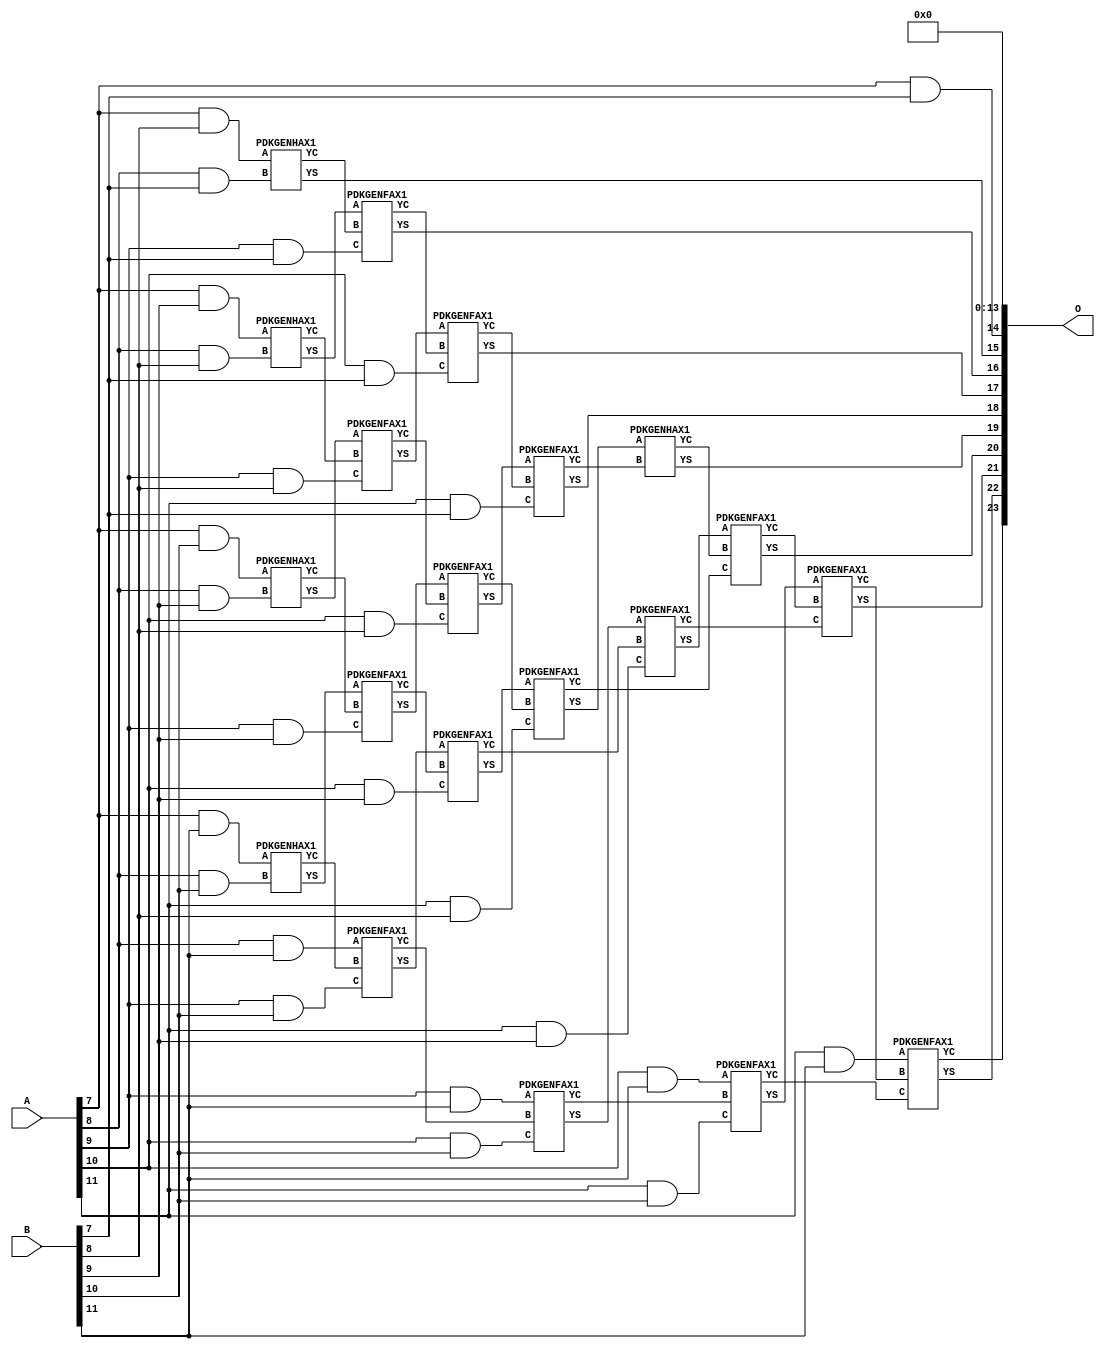
/***
* This code is a part of EvoApproxLib library (ehw.fit.vutbr.cz/approxlib) distributed under The MIT License.
* When used, please cite the following article(s): V. Mrazek, Z. Vasicek, L. Sekanina, H. Jiang and J. Han, "Scalable Construction of Approximate Multipliers With Formally Guaranteed Worst Case Error" in IEEE Transactions on Very Large Scale Integration (VLSI) Systems, vol. 26, no. 11, pp. 2572-2576, Nov. 2018. doi: 10.1109/TVLSI.2018.2856362 
* This file contains a circuit from a sub-set of pareto optimal circuits with respect to the pwr and mre parameters
***/
// MAE% = 1.53 %
// MAE = 256000 
// WCE% = 6.10 %
// WCE = 1024001 
// WCRE% = 100.00 %
// EP% = 99.95 %
// MRE% = 15.79 %
// MSE = 92062.713e6 
// PDK45_PWR = 0.106 mW
// PDK45_AREA = 267.0 um2
// PDK45_DELAY = 0.81 ns


module mul12u_35U ( A, B, O );
  input [11:0] A;
  input [11:0] B;
  output [23:0] O;

  wire C_10_10,C_10_7,C_10_8,C_10_9,C_11_10,C_11_7,C_11_8,C_11_9,C_12_10,C_12_7,C_12_8,C_12_9,C_8_10,C_8_7,C_8_8,C_8_9,C_9_10,C_9_7,C_9_8,C_9_9,S_10_10,S_10_11,S_10_4,S_10_5,S_10_6,S_10_7,S_10_8,S_10_9,S_11_10,S_11_11,S_11_3,S_11_4,S_11_5,S_11_6,S_11_7,S_11_8,S_11_9,S_12_10,S_12_11,S_12_2,S_12_3,S_12_4,S_12_5,S_12_6,S_12_7,S_12_8,S_12_9,S_7_10,S_7_11,S_7_7,S_7_8,S_7_9,S_8_10,S_8_11,S_8_6,S_8_7,S_8_8,S_8_9,S_9_10,S_9_11,S_9_5,S_9_6,S_9_7,S_9_8,S_9_9;

  assign S_7_7 = (A[7] & B[7]);
  assign S_7_8 = (A[7] & B[8]);
  assign S_7_9 = (A[7] & B[9]);
  assign S_7_10 = (A[7] & B[10]);
  assign S_7_11 = (A[7] & B[11]);
  assign S_8_6 = S_7_7;
  PDKGENHAX1 U3440 (.A(S_7_8), .B((A[8] & B[7])), .YS(S_8_7), .YC(C_8_7));
  PDKGENHAX1 U3441 (.A(S_7_9), .B((A[8] & B[8])), .YS(S_8_8), .YC(C_8_8));
  PDKGENHAX1 U3442 (.A(S_7_10), .B((A[8] & B[9])), .YS(S_8_9), .YC(C_8_9));
  PDKGENHAX1 U3443 (.A(S_7_11), .B((A[8] & B[10])), .YS(S_8_10), .YC(C_8_10));
  assign S_8_11 = (A[8] & B[11]);
  assign S_9_5 = S_8_6;
  assign S_9_6 = S_8_7;
  PDKGENFAX1 U3452 (.A(S_8_8), .B(C_8_7), .C((A[9] & B[7])), .YS(S_9_7), .YC(C_9_7));
  PDKGENFAX1 U3453 (.A(S_8_9), .B(C_8_8), .C((A[9] & B[8])), .YS(S_9_8), .YC(C_9_8));
  PDKGENFAX1 U3454 (.A(S_8_10), .B(C_8_9), .C((A[9] & B[9])), .YS(S_9_9), .YC(C_9_9));
  PDKGENFAX1 U3455 (.A(S_8_11), .B(C_8_10), .C((A[9] & B[10])), .YS(S_9_10), .YC(C_9_10));
  assign S_9_11 = (A[9] & B[11]);
  assign S_10_4 = S_9_5;
  assign S_10_5 = S_9_6;
  assign S_10_6 = S_9_7;
  PDKGENFAX1 U3464 (.A(S_9_8), .B(C_9_7), .C((A[10] & B[7])), .YS(S_10_7), .YC(C_10_7));
  PDKGENFAX1 U3465 (.A(S_9_9), .B(C_9_8), .C((A[10] & B[8])), .YS(S_10_8), .YC(C_10_8));
  PDKGENFAX1 U3466 (.A(S_9_10), .B(C_9_9), .C((A[10] & B[9])), .YS(S_10_9), .YC(C_10_9));
  PDKGENFAX1 U3467 (.A(S_9_11), .B(C_9_10), .C((A[10] & B[10])), .YS(S_10_10), .YC(C_10_10));
  assign S_10_11 = (A[10] & B[11]);
  assign S_11_3 = S_10_4;
  assign S_11_4 = S_10_5;
  assign S_11_5 = S_10_6;
  assign S_11_6 = S_10_7;
  PDKGENFAX1 U3476 (.A(S_10_8), .B(C_10_7), .C((A[11] & B[7])), .YS(S_11_7), .YC(C_11_7));
  PDKGENFAX1 U3477 (.A(S_10_9), .B(C_10_8), .C((A[11] & B[8])), .YS(S_11_8), .YC(C_11_8));
  PDKGENFAX1 U3478 (.A(S_10_10), .B(C_10_9), .C((A[11] & B[9])), .YS(S_11_9), .YC(C_11_9));
  PDKGENFAX1 U3479 (.A(S_10_11), .B(C_10_10), .C((A[11] & B[10])), .YS(S_11_10), .YC(C_11_10));
  assign S_11_11 = (A[11] & B[11]);
  assign S_12_2 = S_11_3;
  assign S_12_3 = S_11_4;
  assign S_12_4 = S_11_5;
  assign S_12_5 = S_11_6;
  assign S_12_6 = S_11_7;
  PDKGENHAX1 U3488 (.A(S_11_8), .B(C_11_7), .YS(S_12_7), .YC(C_12_7));
  PDKGENFAX1 U3489 (.A(S_11_9), .B(C_12_7), .C(C_11_8), .YS(S_12_8), .YC(C_12_8));
  PDKGENFAX1 U3490 (.A(S_11_10), .B(C_12_8), .C(C_11_9), .YS(S_12_9), .YC(C_12_9));
  PDKGENFAX1 U3491 (.A(S_11_11), .B(C_12_9), .C(C_11_10), .YS(S_12_10), .YC(C_12_10));
  assign S_12_11 = C_12_10;
  assign O = {S_12_11,S_12_10,S_12_9,S_12_8,S_12_7,S_12_6,S_12_5,S_12_4,S_12_3,S_12_2,1'b0,1'b0,1'b0,1'b0,1'b0,1'b0,1'b0,1'b0,1'b0,1'b0,1'b0,1'b0,1'b0,1'b0};

endmodule

/* mod */
module PDKGENHAX1( input A, input B, output YS, output YC );
    assign YS = A ^ B;
    assign YC = A & B;
endmodule
/* mod */
module PDKGENFAX1( input A, input B, input C, output YS, output YC );
    assign YS = (A ^ B) ^ C;
    assign YC = (A & B) | (B & C) | (A & C);
endmodule